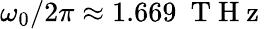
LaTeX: \omega_{0}/2\pi\approx 1.669~\mathrm{~T~H~z~}